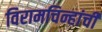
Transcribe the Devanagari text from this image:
विरामचिन्हांची